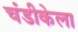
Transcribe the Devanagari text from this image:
चंडीकेला